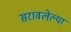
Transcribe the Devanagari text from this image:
सरावलेल्या